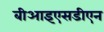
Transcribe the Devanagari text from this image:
बीआइएसडीएन